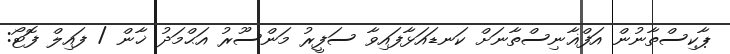
ޕާކިސްތާނުން އަފްޣާނިސްތާނަށް ކަނޑައަޅާފައިވާ ސަފީރު މަންސޫރު އަޙްމަދު ޚާން / ފައިލް ފޮޓޯ: